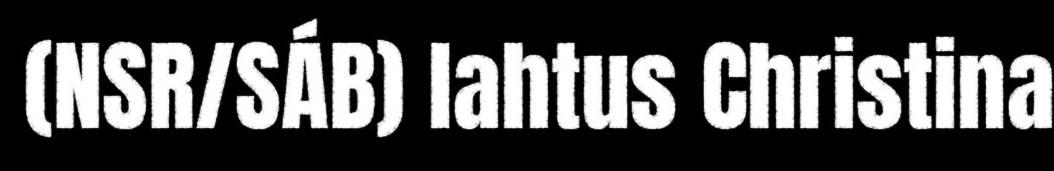
(NSR/SÁB) lahtus Christina